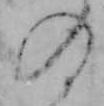
の